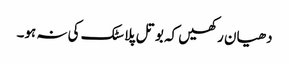
دھیان رکھیں کہ بوتل پلاسٹک کی نہ ہو۔